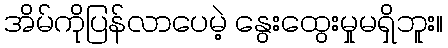
အိမ်ကိုပြန်လာပေမဲ့ နွေးထွေးမှုမရှိဘူး။